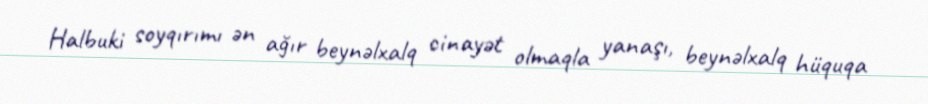
Halbuki soyqırımı ən ağır beynəlxalq cinayət olmaqla yanaşı, beynəlxalq hüquqa